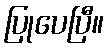
ပြုပေပြီ။